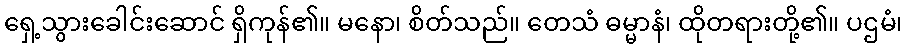
ရှေ့သွားခေါင်းဆောင် ရှိကုန်၏။ မနော၊ စိတ်သည်။ တေသံ ဓမ္မာနံ၊ ထိုတရားတို့၏။ ပဌမံ၊